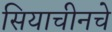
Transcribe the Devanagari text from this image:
सियाचीनचे